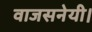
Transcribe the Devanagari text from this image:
वाजसनेयी।